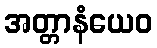
အတ္တာနံယေဝ